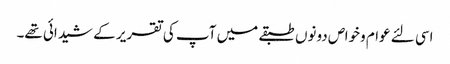
اسی لئے عوام وخواص دونوں طبقے میں آپ کی تقریر کے شیدائی تھے۔